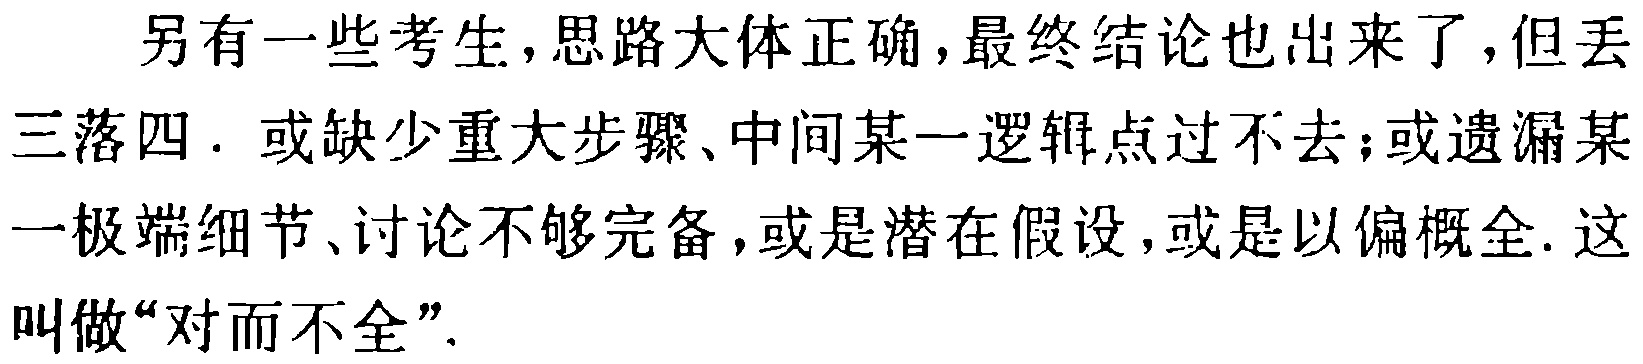
另有一些考生,思路大体正确,最终结论也出来了,但丢三落四. 或缺少重大步骤、中间某一逻辑点过不去;或遗漏某一极端细节、讨论不够完备,或是潜在假设,或是以偏概全. 这叫做“对而不全”.